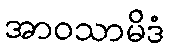
အာဝသာမိဒံ